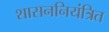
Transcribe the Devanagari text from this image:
शासननियंत्रित